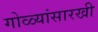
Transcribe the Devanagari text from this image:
गोळ्यांसारखी